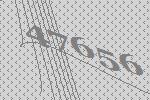
47656